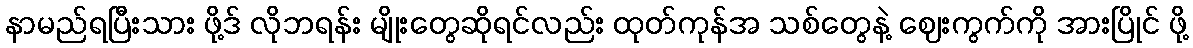
နာမည်ရပြီးသား ဖို့ဒ် လိုဘရန်း မျိုးတွေဆိုရင်လည်း ထုတ်ကုန်အ သစ်တွေနဲ့ ဈေးကွက်ကို အားပြိုင် ဖို့